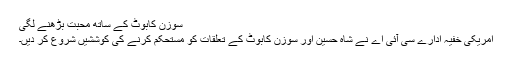
سوزن کابوٹ کے ساتھ محبت بڑھنے لگی
امریکی خفیہ ادارے سی آئی اے نے شاہ حسین اور سوزن کابوٹ کے تعلقات کو مستحکم کرنے کی کوششیں شروع کر دیں۔